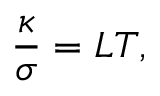
\frac { \kappa } { \sigma } = L T ,